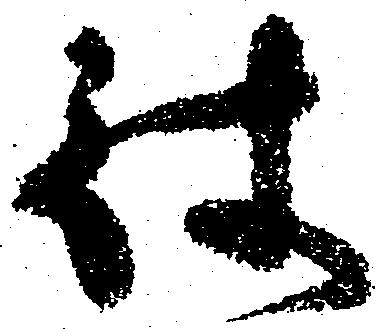
被